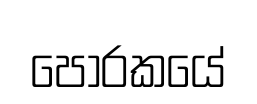
පෝරකයේ